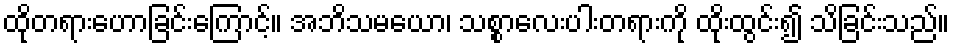
ထိုတရားဟောခြင်းကြောင့်။ အဘိသမယော၊ သစ္စာလေးပါးတရားကို ထိုးထွင်း၍ သိခြင်းသည်။